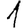
Digit: 1